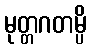
မုတ္တဂတမ္ပိ